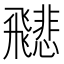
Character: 𩙻